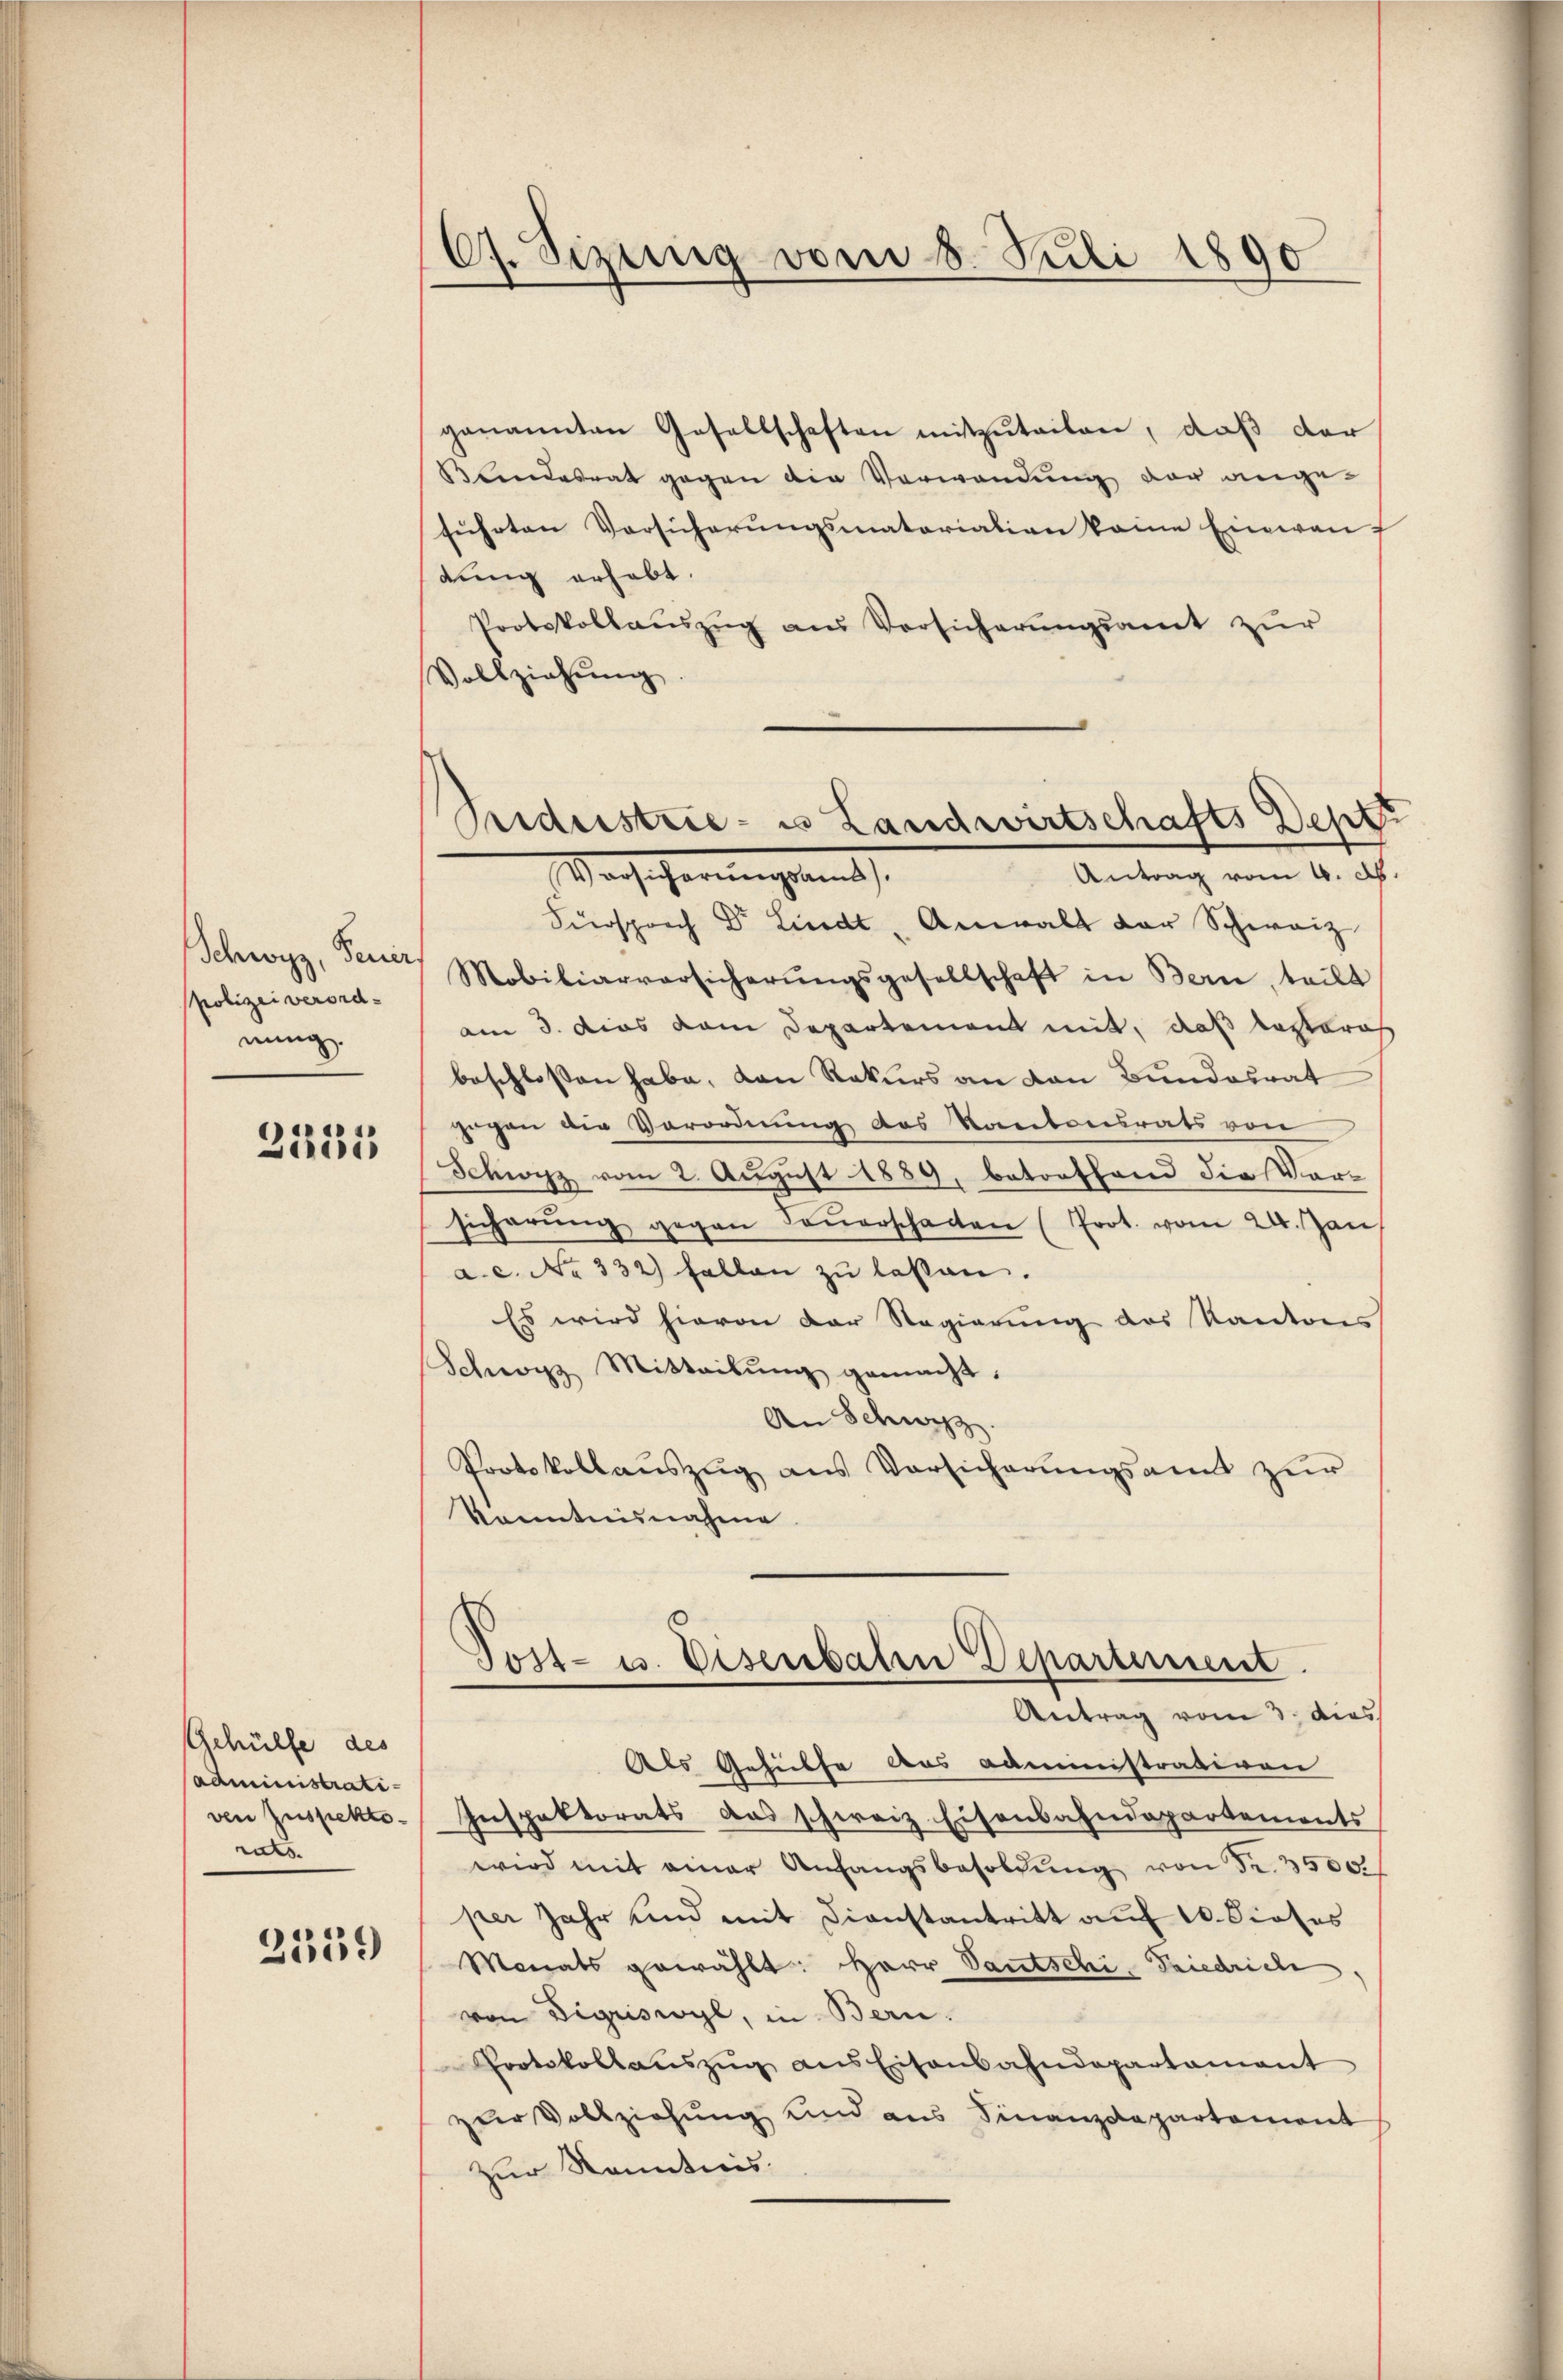
Schwyz, Feuer
polizei verordnung.

2231

Gehülfe des
administrativen Zuspekto
ruts.

2539

C. Sizung vom 8. Juli 1890

ganannten Gesellschaften mitzŭteilen, daß der
Blindesrat gegen die Verwandung der ange-
führten Versicherungsmatariation keine Einwanf
dung erhebt.
Protokollaŭszŭg aŭs Vorsicherŭngsamt zur
Vollziehŭng
Antrag vom 6. A.
ache Fernengesandt
Fürsprech Dr. Lied Anwalt der Schweiz
Mobiliarversicherŭngsgesellschaft in Bern, teilt
am 3. dies dem Departement mit, daß bestraf
beschlossen habe, den Rekurs an den Bundesrat
gegen die Vorordnung des Kantonsrats von
Schwyz vom 2. August 1889, betorffend die Vor-
sicherŭng gegen Doṅerschaften (Prot. vom 24. Jan
a.c. No 332) fallen zŭ lassen.
Es wird hievon der Regierung des Kanton
Schwyz Mitteilŭng gemacht.
An Schwyz.
Protokollaŭszŭg aŭs Vorsicherŭngsamt zŭr
Konntnisnahme
Post- u. Eisenbahn Departement.
Antrag vom 3. dies
Als Gehülfe das Administrativen
Inspektorats das schweiz. Eisenbahndepartements
wird mit einer Anfangsbesoldŭng von Fr. 3500.
per Jahr und mit Dienstantritt auf 10. Dieses
Monats gewählt: Herr Santschi- Friedrich
von Sigriswyl, in Bern.
Protokollaŭszŭg ans Eisenbahndepartament
zur Vollziehung und aus Finanzdepartement
zur Kenntnis.

Pidestrie- es Landwirtschafts Deptt